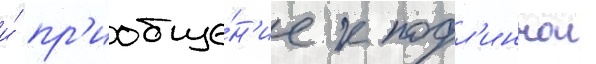
и́ пр'иобще́н'ие к подл'иннои